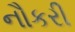
નૌકરી